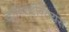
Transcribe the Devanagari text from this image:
कॉन्स्टॅन्टियस